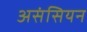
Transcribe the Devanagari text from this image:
असंसियन